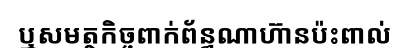
ឬសមត្ថកិច្ចពាក់ព័ន្ធណាហ៊ានប៉ះពាល់